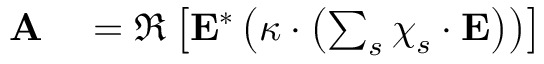
\begin{array} { r l } { \mathbf { A } } & { { } = \Re \left[ \mathbf { E } ^ { * } \left( \boldsymbol { \kappa } \cdot \left( \sum _ { s } \boldsymbol { \chi } _ { s } \cdot \mathbf { E } \right) \right) \right] } \end{array}